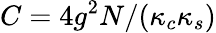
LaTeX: C=4g^{2}N/(\kappa_{c}\kappa_{s})